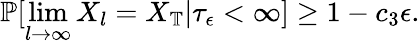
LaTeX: \mathbb{P}[\operatorname*{lim}_{l\to\infty}X_{l}=X_{\mathbb{T}}|\tau_{\epsilon}<\infty]\ge 1-c_{3}\epsilon.